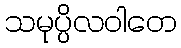
သမုပ္ပိလဝါတေ